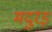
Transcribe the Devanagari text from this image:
मदुरइ